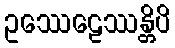
ဥဿေဠေဿန္တိပိ